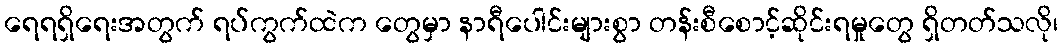
ရေရရှိရေးအတွက် ရပ်ကွက်ထဲက တွေမှာ နာရီပေါင်းများစွာ တန်းစီစောင့်ဆိုင်းရမှုတွေ ရှိတတ်သလို၊